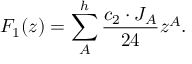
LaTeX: F _ { 1 } ( z ) = \sum _ { A } ^ { h } { \frac { c _ { 2 } \cdot J _ { A } } { 2 4 } } z ^ { A } .